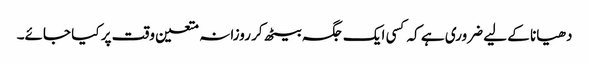
دھیانا کے لیے ضروری ہے کہ کسی ایک جگہ بیٹھ کر روزانہ متعین وقت پر کیا جائے۔